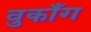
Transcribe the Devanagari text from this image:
वुकाँग